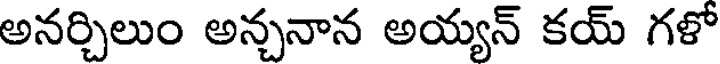
అనర్చిలుం అన్చనాన అయ్యన్ కయ్ గళో